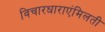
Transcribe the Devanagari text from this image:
विचारधाराएंमिलती